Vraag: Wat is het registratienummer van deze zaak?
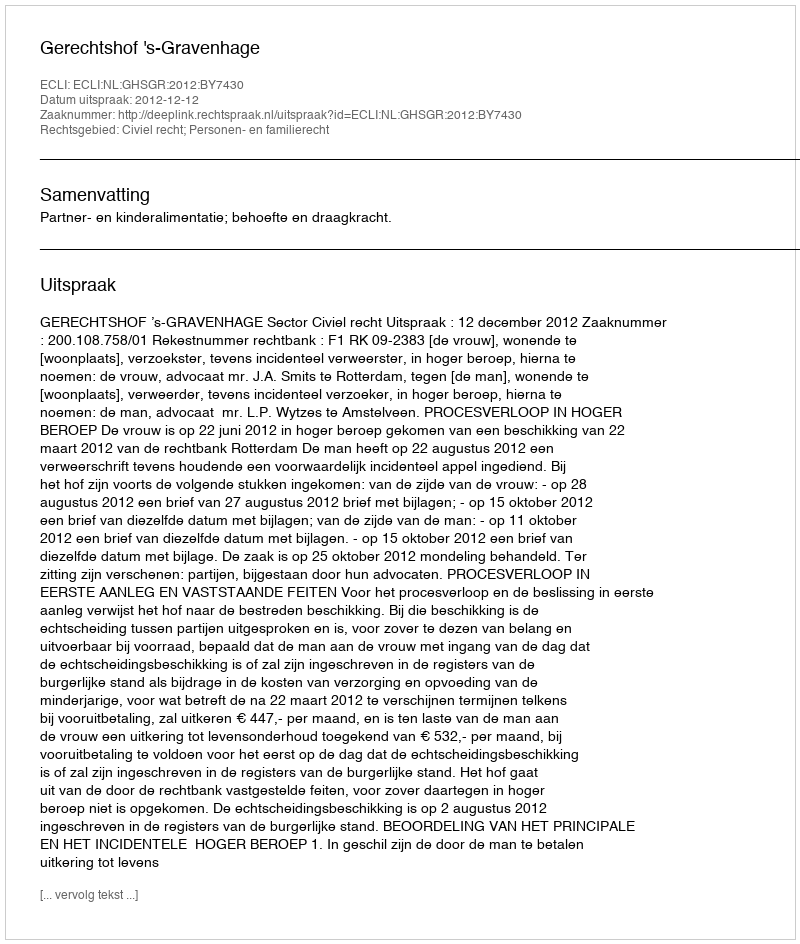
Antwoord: http://deeplink.rechtspraak.nl/uitspraak?id=ECLI:NL:GHSGR:2012:BY7430